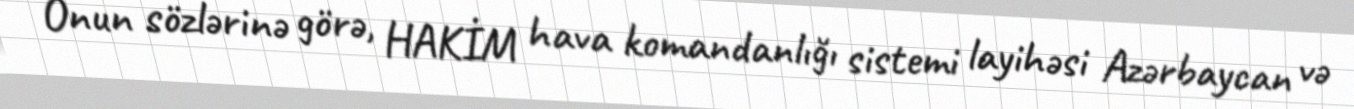
Onun sözlərinə görə, HAKİM hava komandanlığı sistemi layihəsi Azərbaycan və